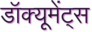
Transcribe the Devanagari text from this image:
डॉक्यूमेंट्स